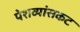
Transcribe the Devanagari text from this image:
पेशव्यांसकट